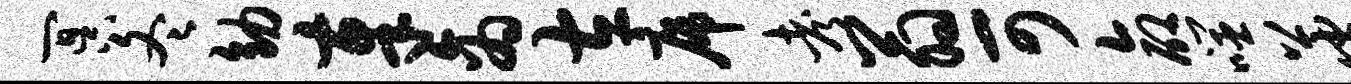
冥冬幼奉商左席考翁可命噬蕃